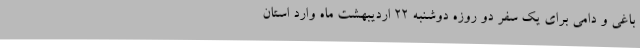
باغی و دامی برای یک سفر دو روزه دوشنبه 22 اردیبهشت ماه وارد استان